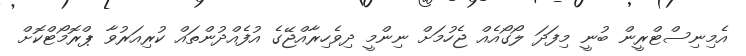
އެމިނިސްޓްރީން ބުނީ މިފަދަ ލޯގޯއެއް ޖެހުމަށް ނިންމީ ދިވެހިރާއްޖޭގެ އުފެއްދުންތައް ކުރިއަރުވާ ޕްރޮމޯޓްކޮށް